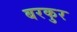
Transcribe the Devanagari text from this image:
बरकुर